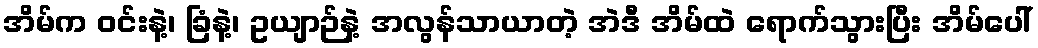
အိမ်က ဝင်းနဲ့၊ ခြံနဲ့၊ ဥယျာဉ်နဲ့ အလွန်သာယာတဲ့ အဲဒီ အိမ်ထဲ ရောက်သွားပြီး အိမ်ပေါ်